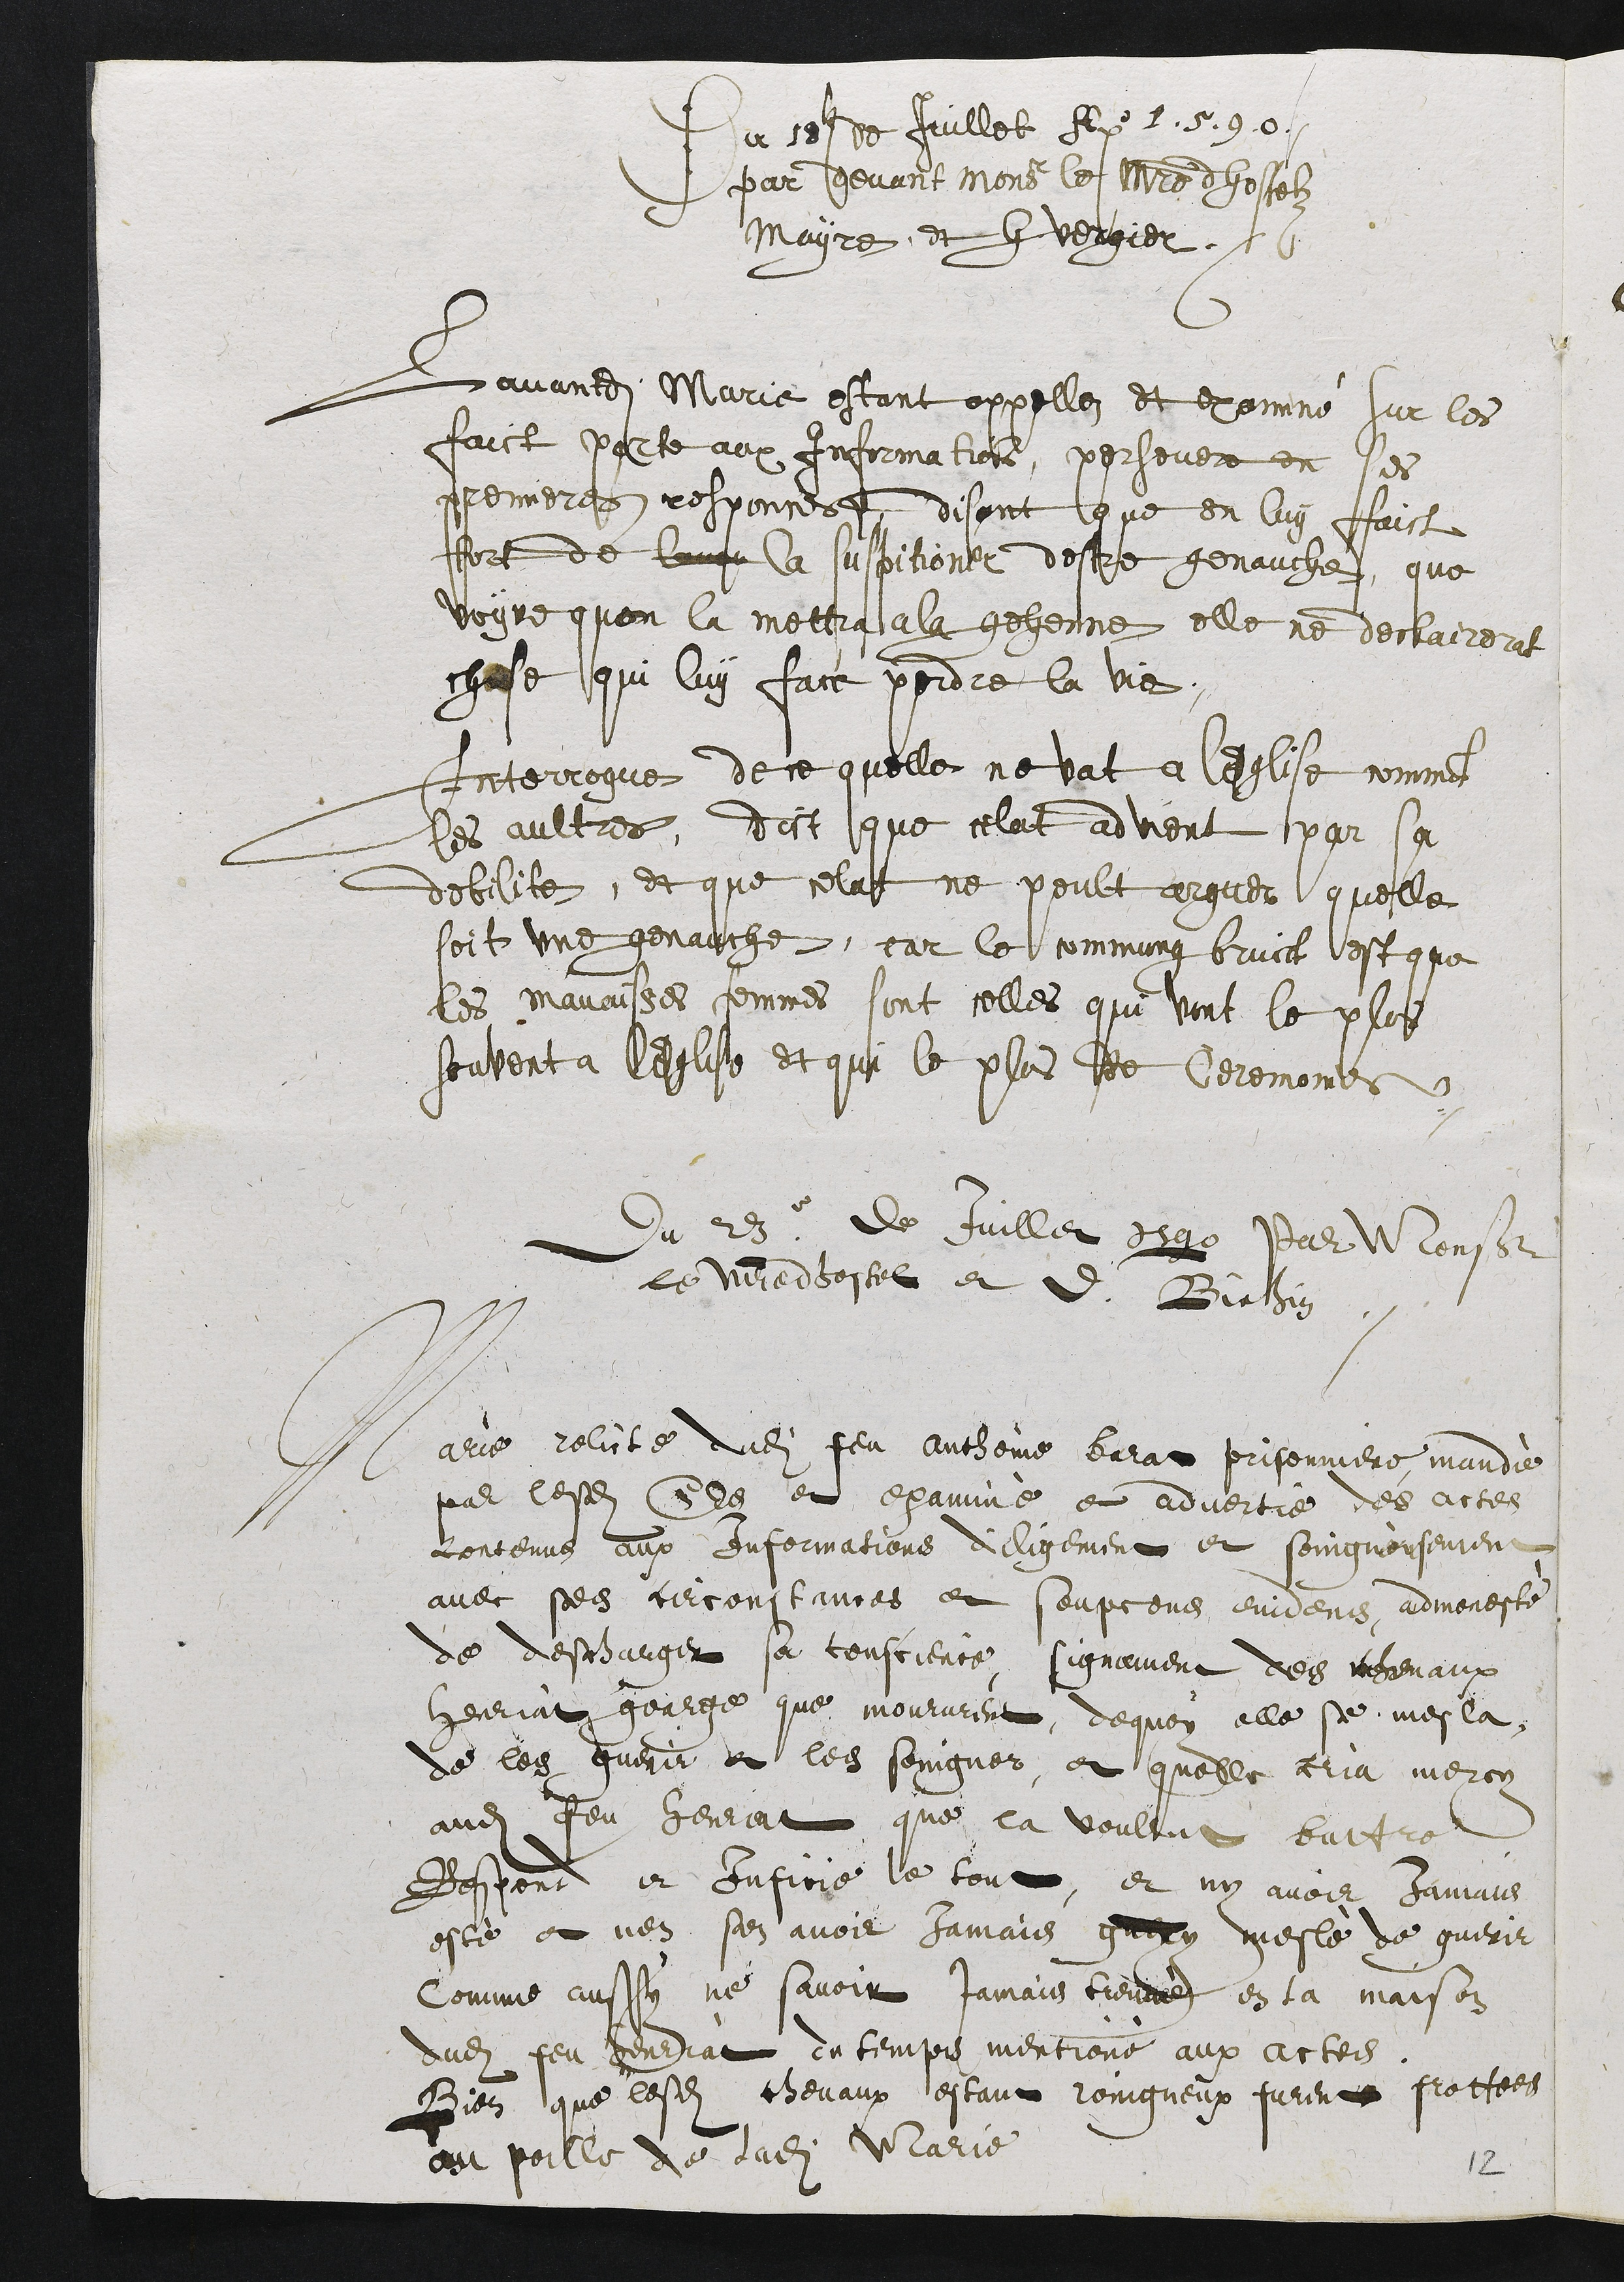
Du ses de Juillet Aly .5.90./
par devant mone le maitre dhosselz
Mayre et l vergier
Lavantdites Marie estant appellez et examiné sur les
faict parte aux Information, perseuer en ses
premieres responcis disant que on luy faict
fort de longe la suspitioner destre genauche que
voyne quon la mottra ala gehenne elle ne declairerat
chose qui luy fact perdre la vie.
Interrogue de ce quelle ne vat a lesglise comment
les aultres, dict que celat advient par sa
debilite, et que celat ne peult arguer quelle
soit une genauche, car le commung bruict est que
les mavaisses femmes sont celles que vint le plos
souvent a Cegliste et qui le plus Iee Ceremoints
Du 23 de Juillet eage Var Monsieur
le veredbostel et d Bielhin
Parie rolicte dudit feu Antheine burat prisonniere mandie
par lesdits Ees et examiné e advertié des actes
contenus aux Informations diligement et soingnousement
avec ses circonstances et soupcons enidens, admoneste
de descharger sa touscierce signament des menaux
Henriat goarge que moururent dequoy elle se mesla
de les guerir et les soingner, et quelle cria mercy
nudit feu Henriat que la voultoit battre
Respont et Infire le tout, et ny avoir Jamais
esté et nen sen avoir Jamais gaery mesle de guerir
Comme aussy ne savoir jamais tiennes en la maison
dudit feu henriat dn temps mentione aux actes
Bien que lesdits chevaux estant roingneux furent frottees
au poille de ladite Marie